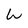
Character: W